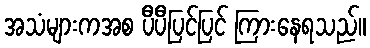
အသံများကအစ ပီပီပြင်ပြင် ကြားနေရသည်။